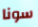
سونا